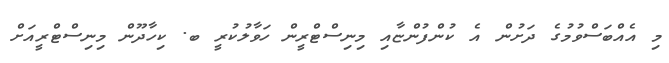
މި އެއްބަސްވުމުގެ ދަށުން އެ ކުންފުންޏާއި މިނިސްޓްރީން ހަވާލުކުރީ ބ. ކިހާދޫން މިނިސްޓްރީއަށް